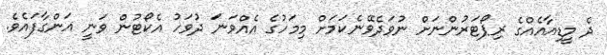
ދެ މީޑިއާއެއްގެ ރިޕޯޓަރުންނަށް ނުވަދެވޭނެކަމަށް މިމަހުގެ އެއްވަނަ ދުވަހު އެކޯޓުން ވަނީ އަންގާފައެވެ.